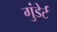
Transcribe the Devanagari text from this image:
गुंडेर्ट